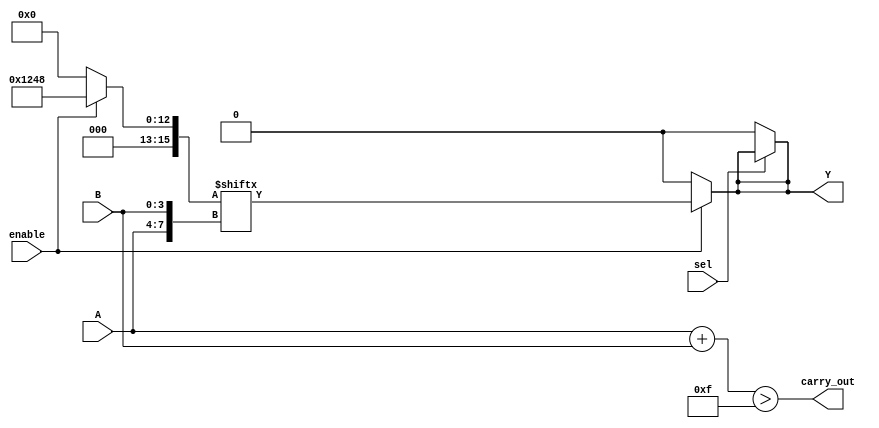
module CLB(
    input wire [3:0] A,      // 4-bit input for LUTs
    input wire [3:0] B,      // Another 4-bit input for LUTs
    input wire sel,          // Selector for multiplexer
    input wire enable,       // Enable signal
    output wire Y,           // Output of the CLB
    output wire carry_out     // Carry output for arithmetic operations
);

// Lookup Table (LUT) implementation
reg [15:0] LUT; // 16 possible configurations for a 4-input LUT

// Define the truth table for the LUT (example: AND function)
always @* begin
    if (enable) begin
        LUT = {16'h0000, // Configuration for LUT can be defined here
                4'b0001, // LUT[0] = 1 for A[0] = 1, B[0] = 1
                4'b0010, // LUT[1] = 2 for A[1] = 1, B[1] = 1
                4'b0100, // LUT[2] = 4 for A[2] = 1, B[2] = 1
                4'b1000}; // LUT[3] = 8 for A[3] = 1, B[3] = 1
    end else begin
        LUT = 16'h0000; // Disable LUT output
    end
end

// Generate the output from the LUT based on the inputs
assign Y = (enable) ? LUT[{A, B}] : 1'b0;

// Multiplexer to select between two outputs (for demonstration)
wire mux_out;
assign mux_out = sel ? Y : 1'b0; // Select output based on 'sel'

// Carry logic for addition (example)
wire [3:0] sum;
assign carry_out = (A + B) > 4'b1111; // Carry out if the sum exceeds 4 bits
assign sum = A + B;

// Final output logic
assign Y = mux_out;

endmodule